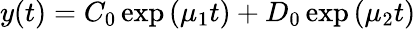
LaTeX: y(t)=C_{0}\exp\left(\mu_{1}t\right)+D_{0}\exp\left(\mu_{2}t\right)